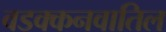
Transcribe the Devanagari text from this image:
वडक्कनवातिल